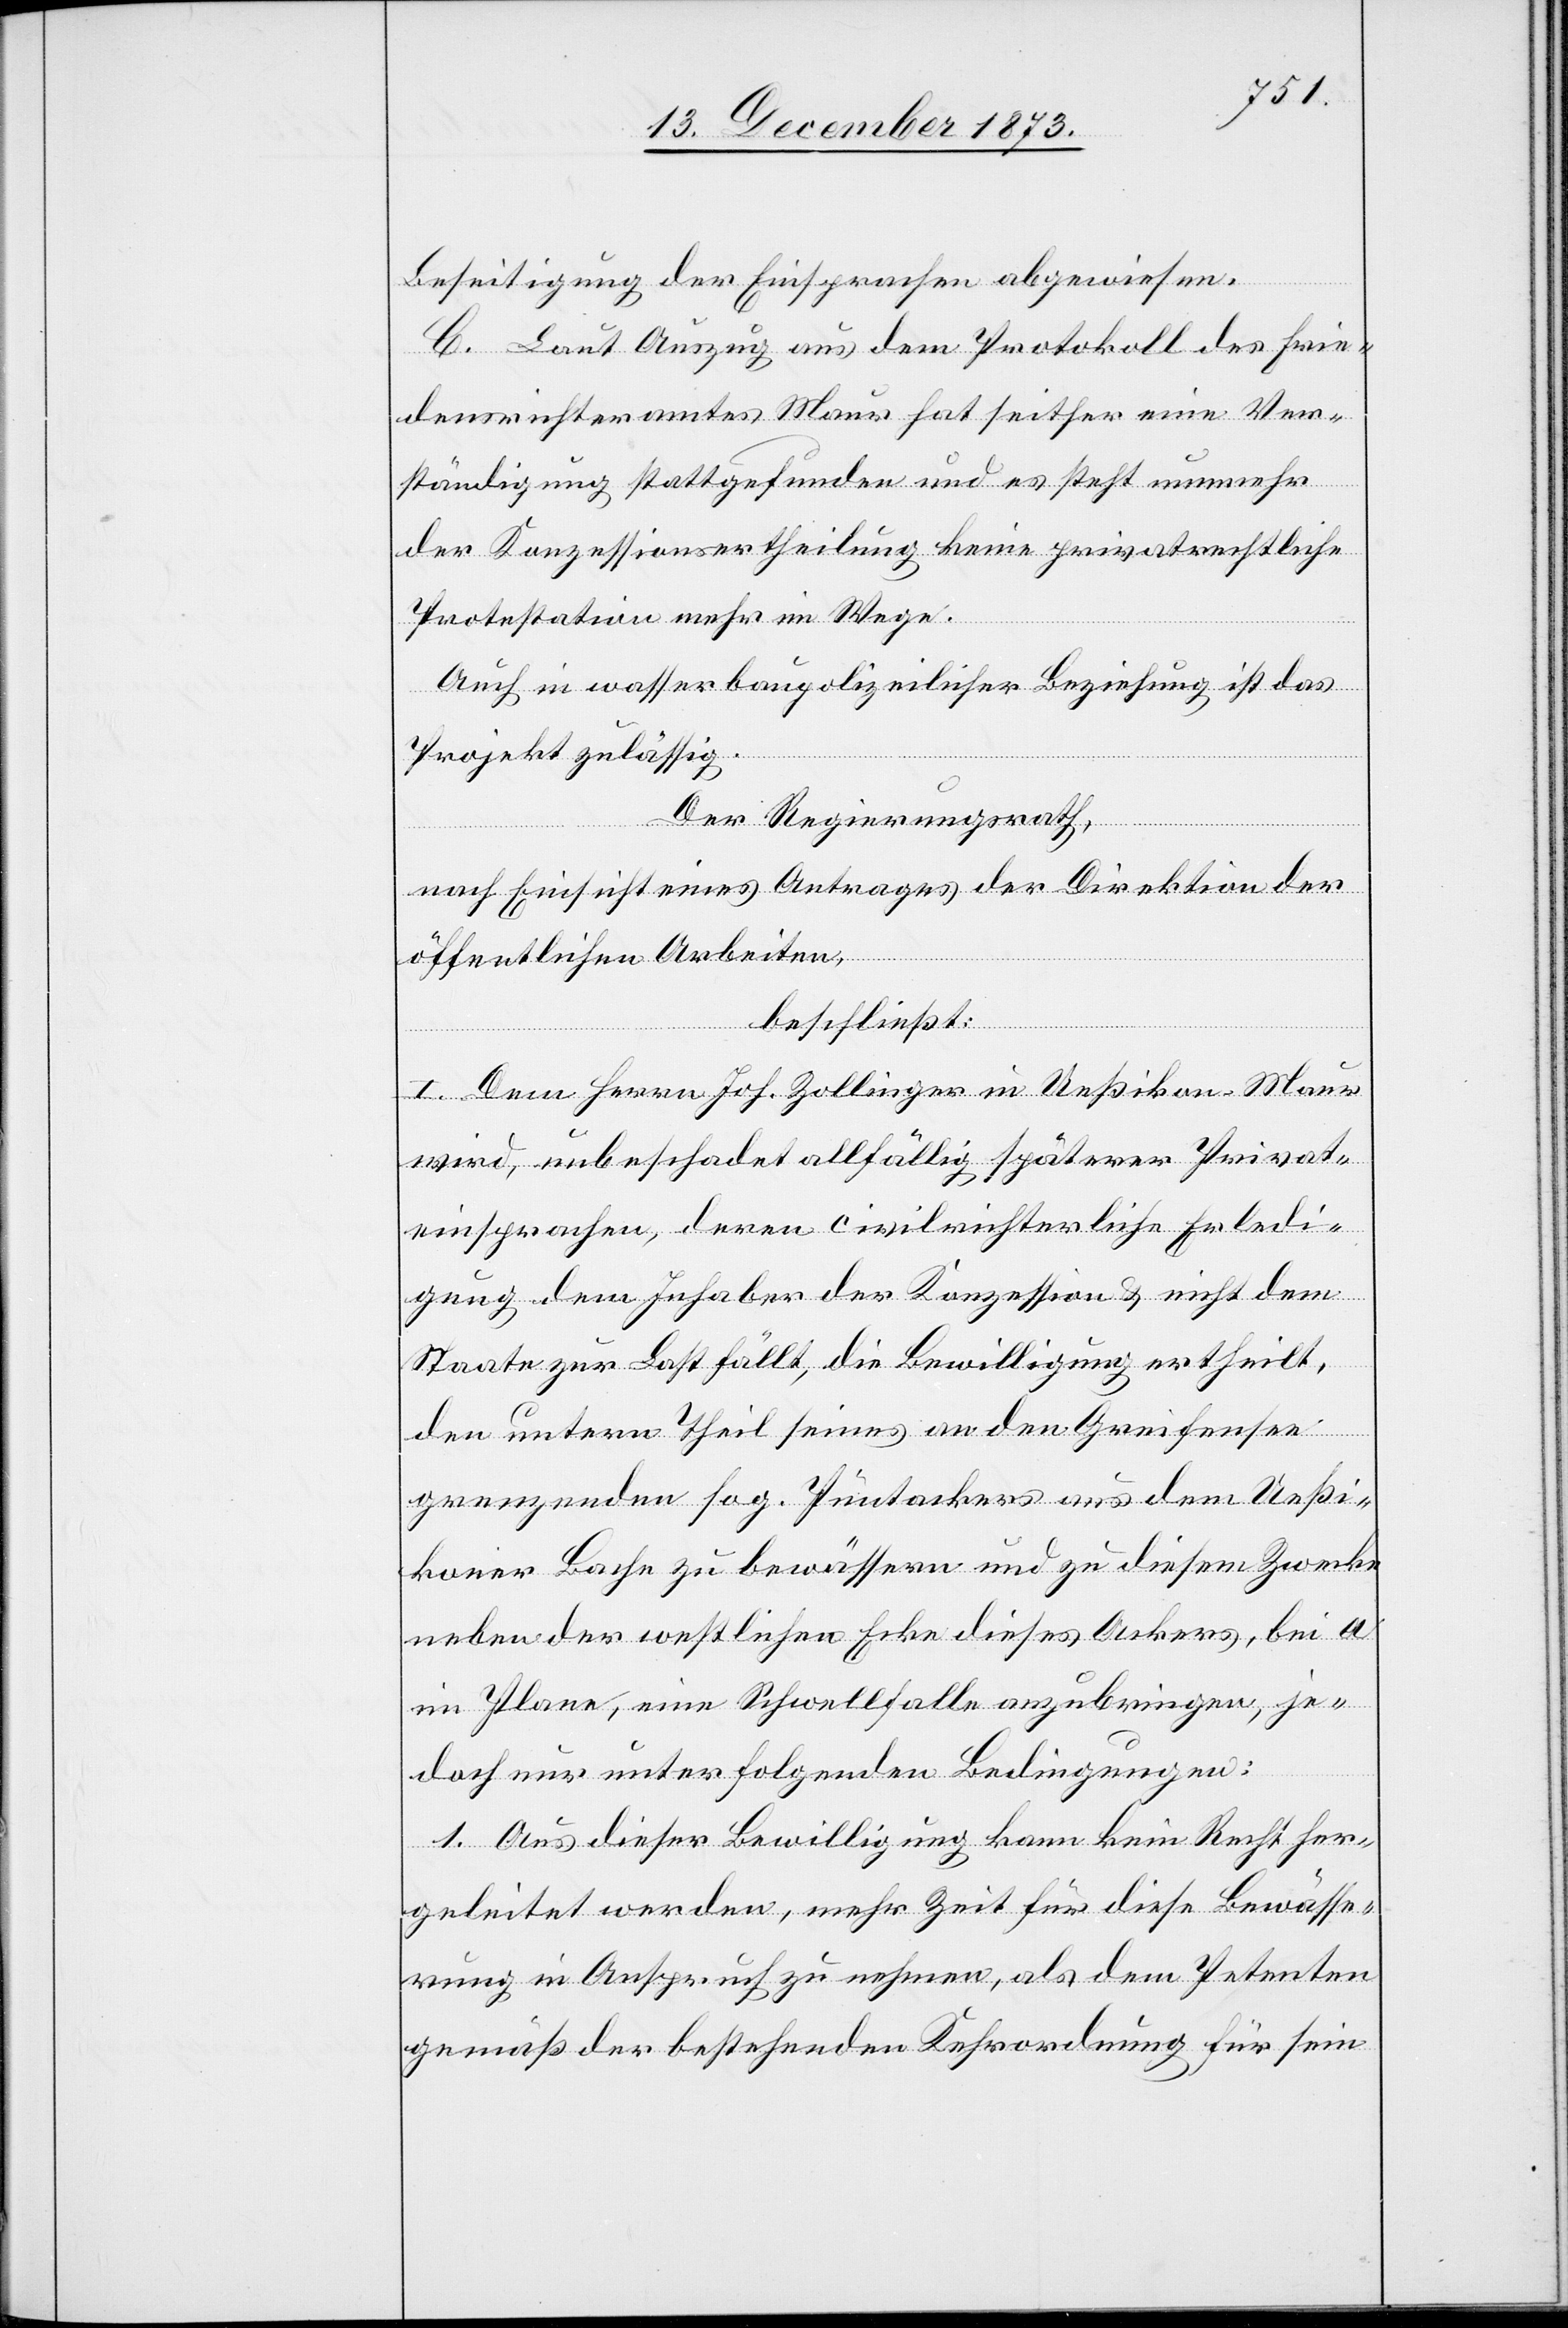
Beseitigung der Einsprachen abgewiesen.
C. Laut Auszug aus dem Protokoll des Frie¬
densrichteramtes Maur hat seither eine Ver¬
ständigung stattgefunden und es steht nunmehr
der Konzessionsertheilung keine privatrechtliche
Protestation mehr im Wege.
Auch in wasserbaupolizeilicher Beziehung ist das
Projekt zulässig.
Der Regierungsrath,
nach Einsicht eines Antrages der Direktion der
öffentlichen Arbeiten,
beschließt:
I. Dem Herrn Joh. Zollinger in Ueßikon - Maur
wird, unbeschadet allfällig späterer Privat¬
einsprachen, deren civilrichterliche Erledi¬
gung dem Inhaber der Konzession & nicht dem
Staate zur Last fällt, die Bewilligung ertheilt,
den untern Theil seines an den Greifensee
grenzenden sog. Püntackers aus dem Ueßi¬
koner Bache zu bewässern und zu diesem Zwecke
neben der westlichen Ecke dieses Ackers, bei a
im Plane, eine Schwellfalle anzubringen, je¬
doch nur unter folgenden Bedingungen:
1. Aus dieser Bewilligung kann kein Recht her¬
geleitet werden, mehr Zeit für diese Bewässe¬
rung in Anspruch zu nehmen, als dem Petenten
gemäß der bestehenden Kehrordnung für sein